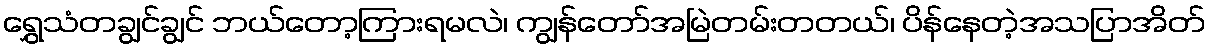
ရွှေသံတချွင်ချွင် ဘယ်တော့ကြားရမလဲ၊ ကျွန်တော်အမြဲတမ်းတတယ်၊ ပိန်နေတဲ့အသပြာအိတ်